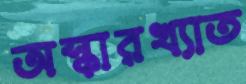
অস্কারখ্যাত